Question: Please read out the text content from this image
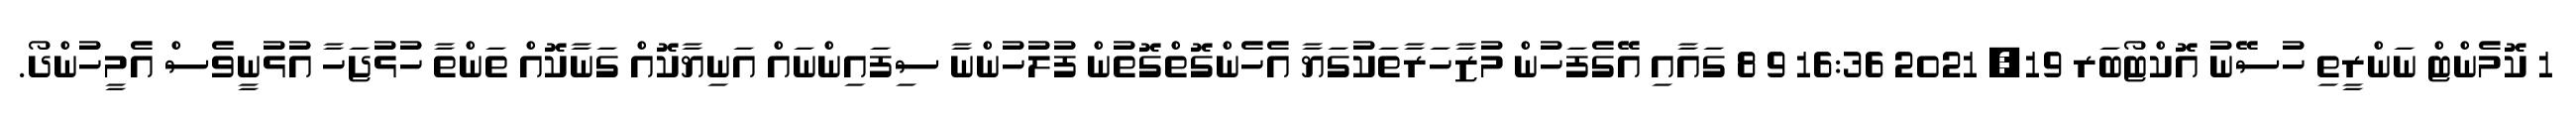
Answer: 1 ކޮމެންޓް ނަންރީތި ހުސޭނު އޮކްޓޯބަރ 19, 2021 16:36 9 8 ގައާއި އޭގެފަހުން މުޒާހަރާތަކުގަޔާ އެހެންގޮތްގޮތުން ފުލުހުންނާ ސިފައިންނައް އަނިޔާކޮއް ގަނާކޮއް ތަންތާ ހުޅުޖަހާ އުޅުނީވެސް އެމީހުންދޯ.